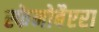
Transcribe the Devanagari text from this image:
स्फेनोबैएरा